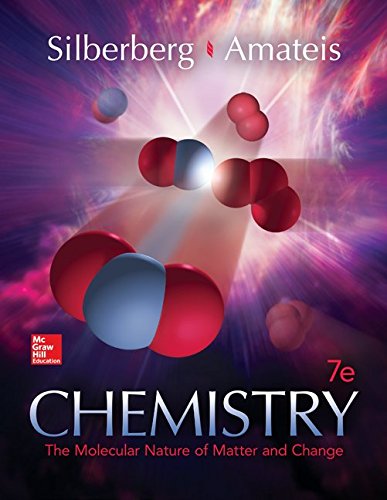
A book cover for Chemistry: The Molecular Nature of Matter and Change; Martin Silberberg; Science & Math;